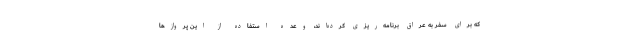
که برای سفر به عراق برنامه‌ریزی کرده‌اند، وعده استفاده از این پروازها